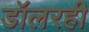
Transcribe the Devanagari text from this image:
डॉलरही